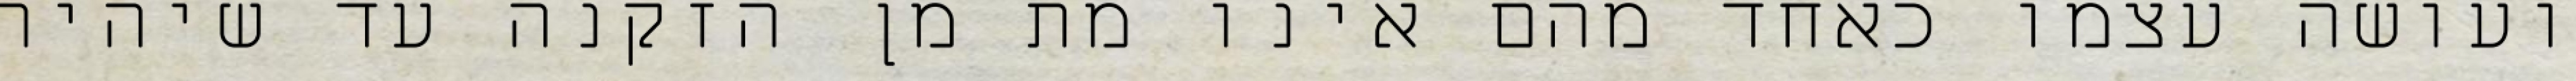
ועושה עצמו כאחד מהם אינו מת מן הזקנה עד שיהיה